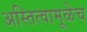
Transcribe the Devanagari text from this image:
अस्तित्वामूळेच